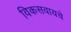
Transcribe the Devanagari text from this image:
विकसवायचे